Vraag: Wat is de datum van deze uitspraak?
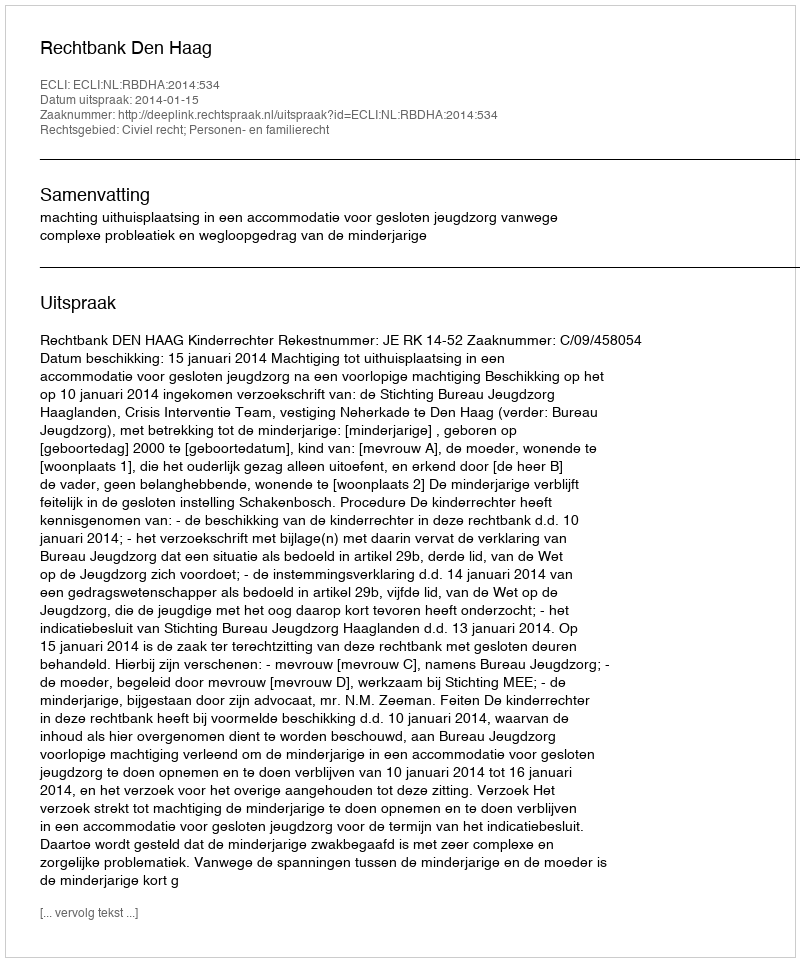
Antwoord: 2014-01-15